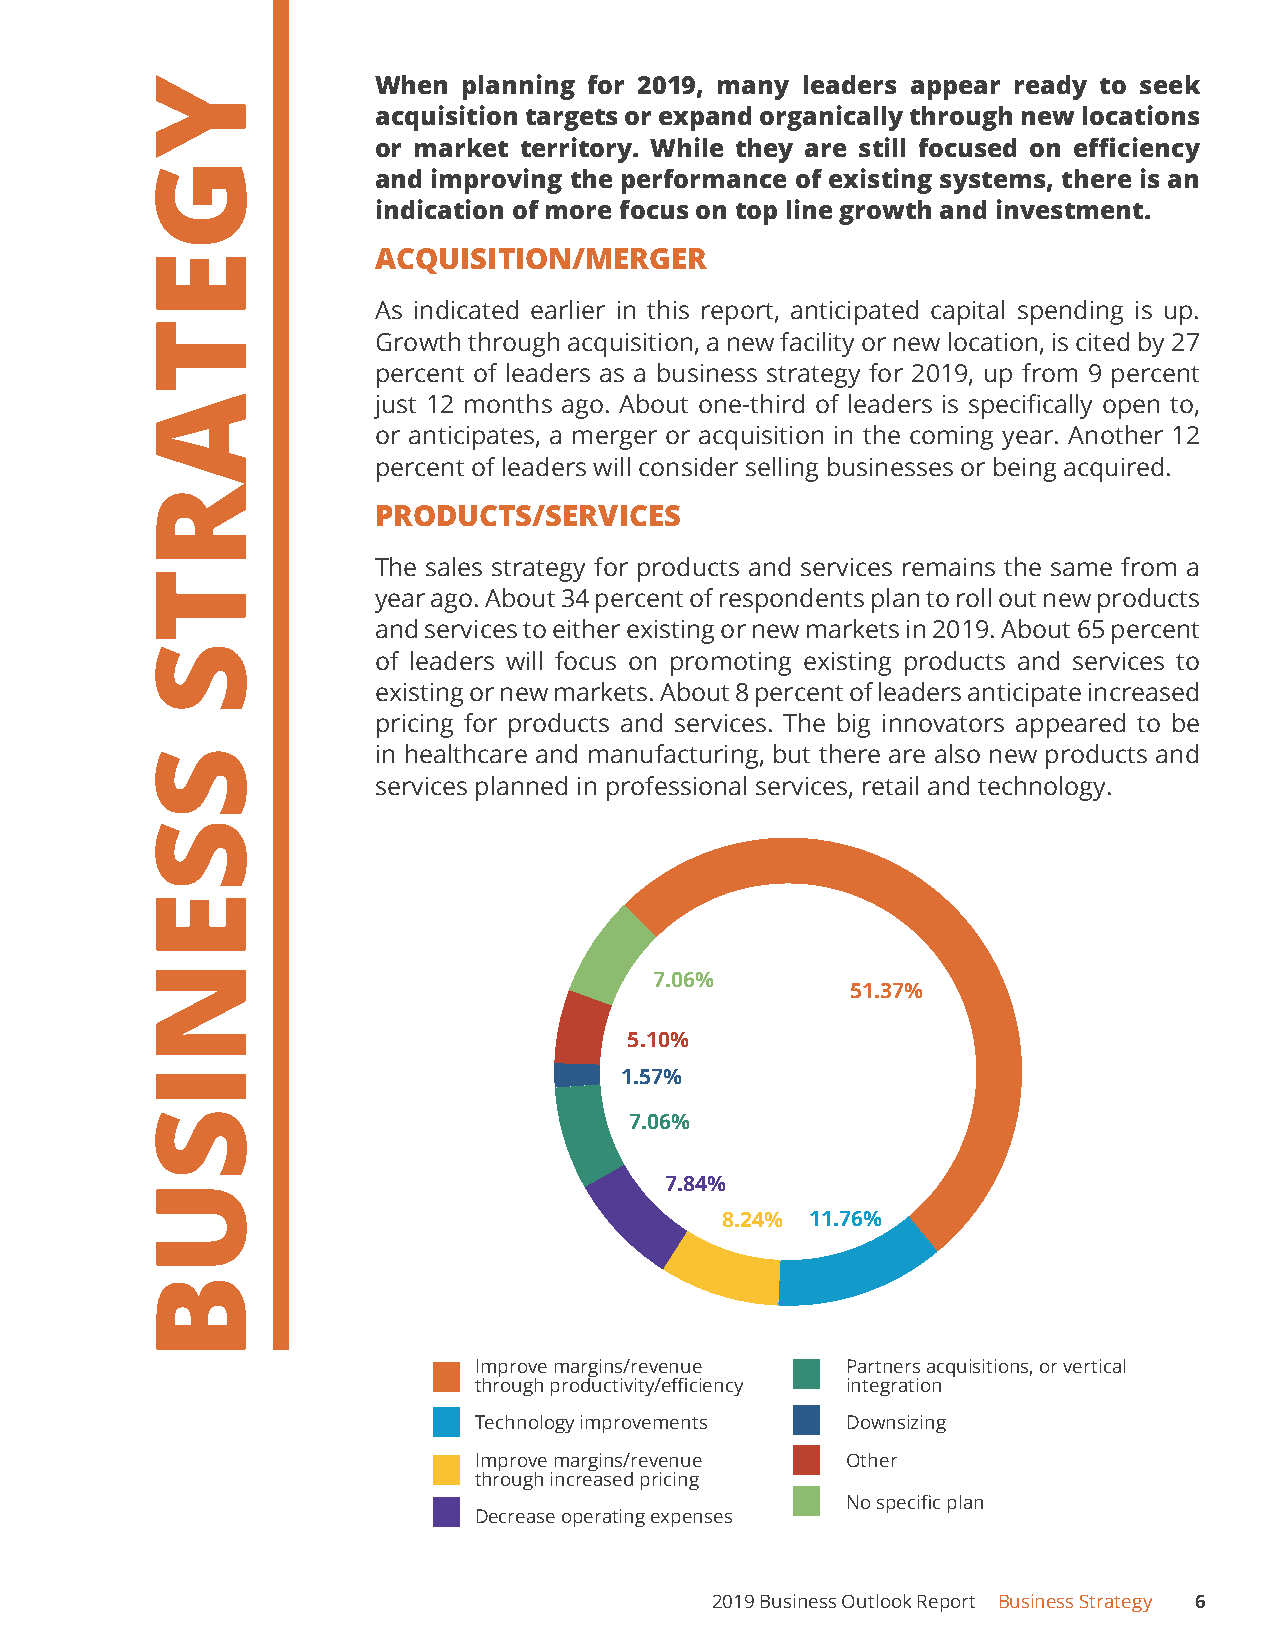
When  planning for 2019, many leaders appear ready to seek
 acquisition targets or expand organically through new locations
 or market territory. While they are still focused on efficiency
 and improving the performance of existing systems, there is an
 indication of more focus on top line growth and investment.
 ACQUISITION/MERGER
 As indicated earlier in this report, anticipated capital spending is up.
 Growth through acquisition, a new facility or new location, is cited by 27
 percent of leaders as a business strategy for 2019, up from 9 percent
 just 12 months ago. About one-third of leaders is specifically open to,
 or anticipates, a merger or acquisition in the coming year. Another 12
 percent of leaders will consider selling businesses or being acquired.
 PRODUCTS/SERVICES
 The sales strategy for products and services remains the same from a
 year ago. About 34 percent of respondents plan to roll out new products
 and services to either existing or new markets in 2019. About 65 percent
 of leaders will focus on promoting existing products and services to
 existing or new markets. About 8 percent of leaders anticipate increased
 pricing for products and services. The big innovators appeared to be
 in healthcare and manufacturing, but there are also new products and
 services planned in professional services, retail and technology.
 7.06%
 51.37%
 5.10%
 1.57%
 7.06%
 7.84%
 8.24% 11.76%
 Improve margins/revenue  Partners acquisitions, or vertical
 through productivity/efficiency integration
 Technology improvements  Downsizing
 Improve margins/revenue  Other
 through increased pricing
 No specific plan
 Decrease operating expenses
 2019 Business Outlook Report Business Strategy 6
 YGETARTS
 SSENISUB